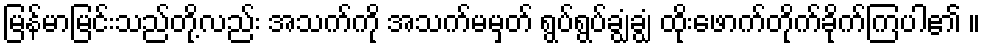
မြန်မာမြင်းသည်တို့လည်း အသက်ကို အသက်မမှတ် ရွပ်ရွပ်ချွံချွံ ထိုးဖောက်တိုက်ခိုက်ကြပါ၏ ။